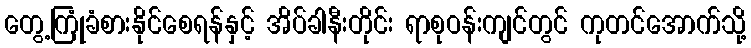
တွေ့ကြုံခံစားနိုင်စေရန်နှင့် အိပ်ခါနီးတိုင်း ရာစုဝန်းကျင်တွင် ကုတင်အောက်သို့